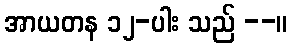
အာယတန ၁၂-ပါး သည် --။